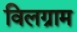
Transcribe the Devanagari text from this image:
विलग्राम